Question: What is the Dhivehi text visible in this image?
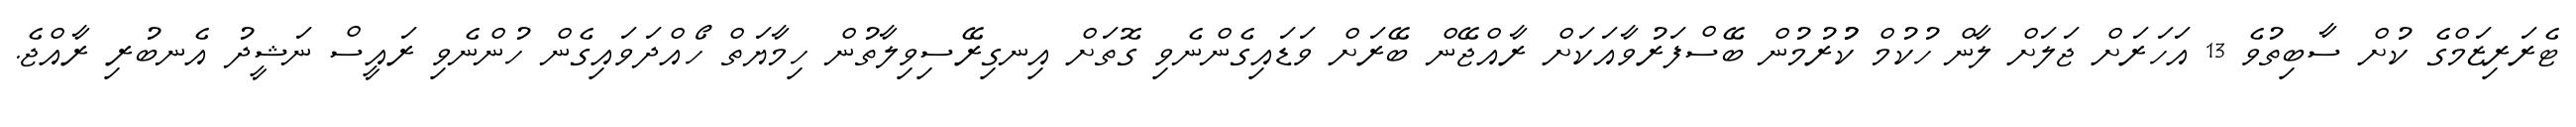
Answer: ޓެރަރިޒަމްގެ ކުށް ސާބިތުވެ 13 އަހަރަށް ޖަލަށް ލާން ހުކުމް ކުުރުމުން ބޭސްފަރުވާއަކަށް ރާއްޖޭން ބޭރަށް ވަޑައިގެންނެވި ގޮތަށް އިނގިރޭސިވިލާތުން ހިމާޔަތް ހޯއްދަވައިގެން ހުންނެވި ރައީސް ނަޝީދު އެނބުރި ރާއްޖެ.